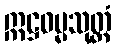
ဣဋ္ဌဓမ္မသုတ္တံ